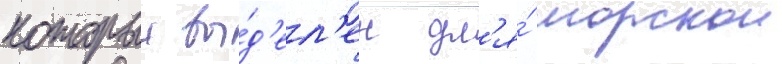
которыи вы́д'ел'ен дл'я́ морскои